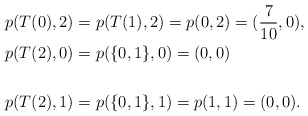
\begin{align*}&p(T(0),2)=p(T(1),2)=p(0,2)=(\frac{7}{10},0),\\&p(T(2),0)=p(\{0,1\},0)=(0,0)\\\\&p(T(2),1)=p(\{0,1\},1)=p(1,1)=(0,0).\end{align*}